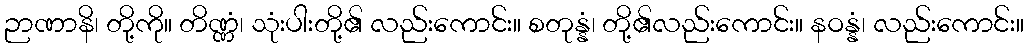
ဉာဏာနိ၊ တို့ကို။ တိဏ္ဏံ၊ သုံးပါးတို့၏ လည်းကောင်း။ စတုန္နံ၊ တို့၏လည်းကောင်း။ နဝန္နံ၊ လည်းကောင်း။